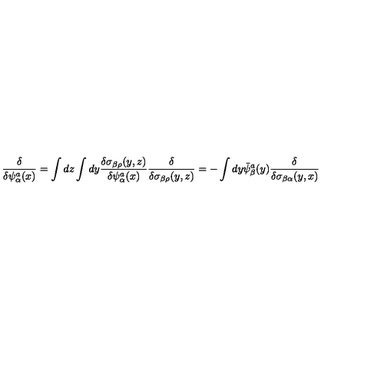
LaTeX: { \frac { \delta } { \delta \psi _ { \alpha } ^ { a } ( x ) } } = \int d z \int d y { \frac { \delta \sigma _ { \beta \rho } ( y , z ) } { \delta \psi _ { \alpha } ^ { a } ( x ) } } { \frac { \delta } { \delta \sigma _ { \beta \rho } ( y , z ) } } = - \int d y \bar { \psi } _ { \beta } ^ { a } ( y ) { \frac { \delta } { \delta \sigma _ { \beta \alpha } ( y , x ) } }